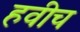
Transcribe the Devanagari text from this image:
हवीच